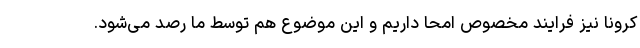
کرونا نیز فرایند مخصوص امحا داریم و این موضوع هم توسط ما رصد می‌شود.